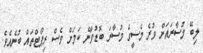
ލިބޭ މުސާރައަށް ވުރެ މެސީގެ މުސާރަ ބޮޑުވާނެ ކަމަށް ވެސް ރިޕޯޓްތައް ބުނެއެވެ.